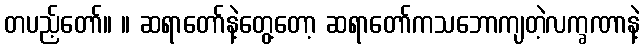
တပည့်တော်။ ။ ဆရာတော်နဲ့တွေ့တော့ ဆရာတော်ကသဘောကျတဲ့လက္ခဏာနဲ့